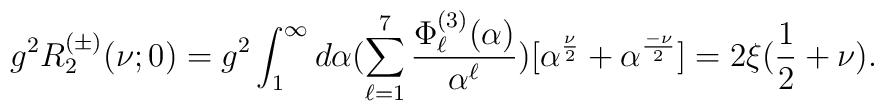
g^2R^{(\pm)}_2(\nu;0)=g^2\int_{1}^{\infty}d\alpha(\sum_{\ell=1}^{7}\frac{\Phi_{\ell}^{(3)}(\alpha)}{\alpha^{\ell}})[\alpha^{\frac{\nu}{2}}+\alpha^{\frac{-\nu}{2}}]=2\xi(\frac{1}{2}+\nu).